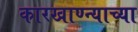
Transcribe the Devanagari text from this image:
कारखाण्न्याच्या